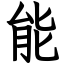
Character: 能